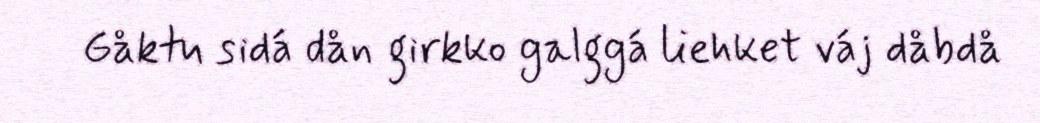
Gåktu sidá dån girkko galggá liehket váj dåbdå